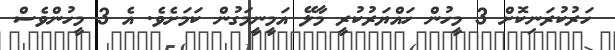
ހަރުކުރަނިކޮށް 3 މީހުން ހައްޔަރުކުރީ މާލޭ އަމީނީމަގުން ކަމަށެވެ. އެ 3 މީހުންވެސް